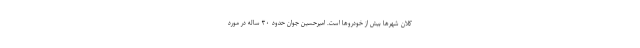
کلان شهرها بیش از خودروها است. امیرحسین جوان حدود ۳۰ ساله در مورد